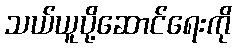
သယ်ယူပို့ဆောင်ရေးကို